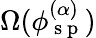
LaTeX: \Omega(\phi_{\mathrm{~s~p~}}^{(\alpha)})